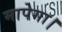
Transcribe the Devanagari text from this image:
मापेगा।